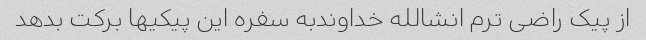
از پیک راضی ترم انشالله خداوندبه سفره این پیکیها برکت بدهد